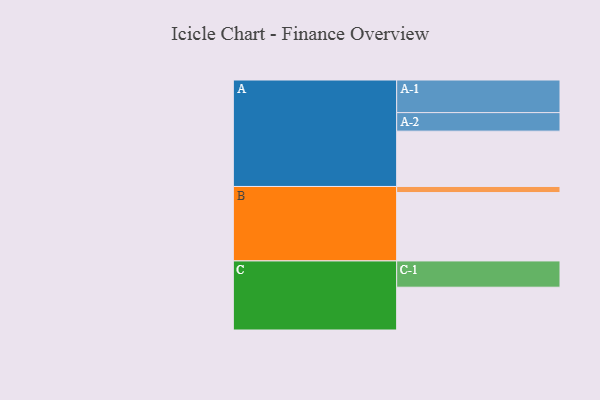
{"axis": {"x": "Segment", "y": "Value"}, "legend": ["", "A", "B", "C"], "data": [{"x": "A", "y": 463, "type": ""}, {"x": "B", "y": 572, "type": ""}, {"x": "C", "y": 358, "type": ""}, {"x": "A-1", "y": 273, "type": "A"}, {"x": "A-2", "y": 155, "type": "A"}, {"x": "B-1", "y": 51, "type": "B"}, {"x": "C-1", "y": 220, "type": "C"}]}